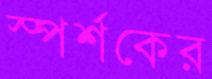
স্পর্শকের